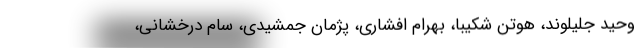
وحید جلیلوند، هوتن شکیبا، بهرام افشاری، پژمان جمشیدی، سام درخشانی،